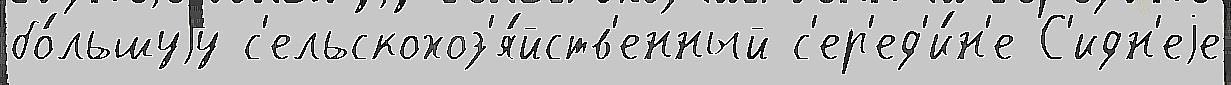
бо́льшуjу с'ельскохоз'я́йств'енный с'ер'ед'и́н'е С'идн'еjе